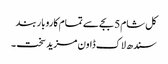
کل شام 5 بجے سے تمام کاروبار بند
سندھ لاک ڈاون مزید سخت ۔